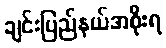
ချင်းပြည်နယ်အစိုးရ